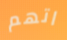
اتهم